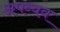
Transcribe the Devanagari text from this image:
अपव्यव